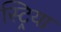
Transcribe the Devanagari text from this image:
स्ट्रिया